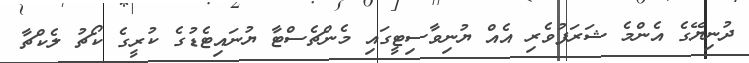
ދުނިޔޭގެ އެންމެ ޝަރަފުވެރި އެއް ޔުނިވާސިޓީގައި މެންޗެސްޓާ ޔުނައިޓެޑުގެ ކުރީގެ ކޯޗު ލެކްޗާ